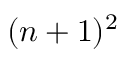
( n + 1 ) ^ { 2 }